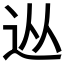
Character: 𨑹